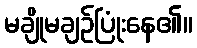
မချိုမချဉ်ပြုံးနေ၏။